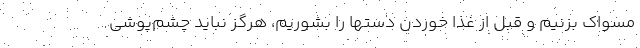
مسواک بزنیم و قبل از غذا خوردن دستها را بشوریم، هرگز نباید چشم‌پوشی